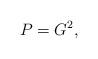
LaTeX: \begin{align*}P=G^2,\end{align*}